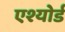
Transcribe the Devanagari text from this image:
एश्योर्ड